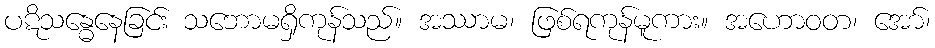
ပဋိသန္ဓေနေခြင်း သဘောမရှိကုန်သည်။ အဿာမ၊ ဖြစ်ရကုန်မူကား။ အဟောဝတ၊ အော်၊